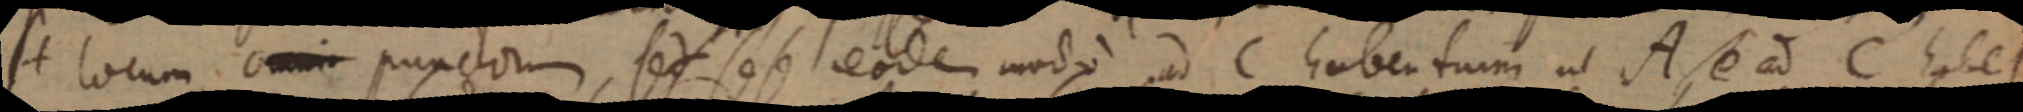
H locum omni punctorum, sed sese eodem modo ad C habentum ut A, e ad C habet